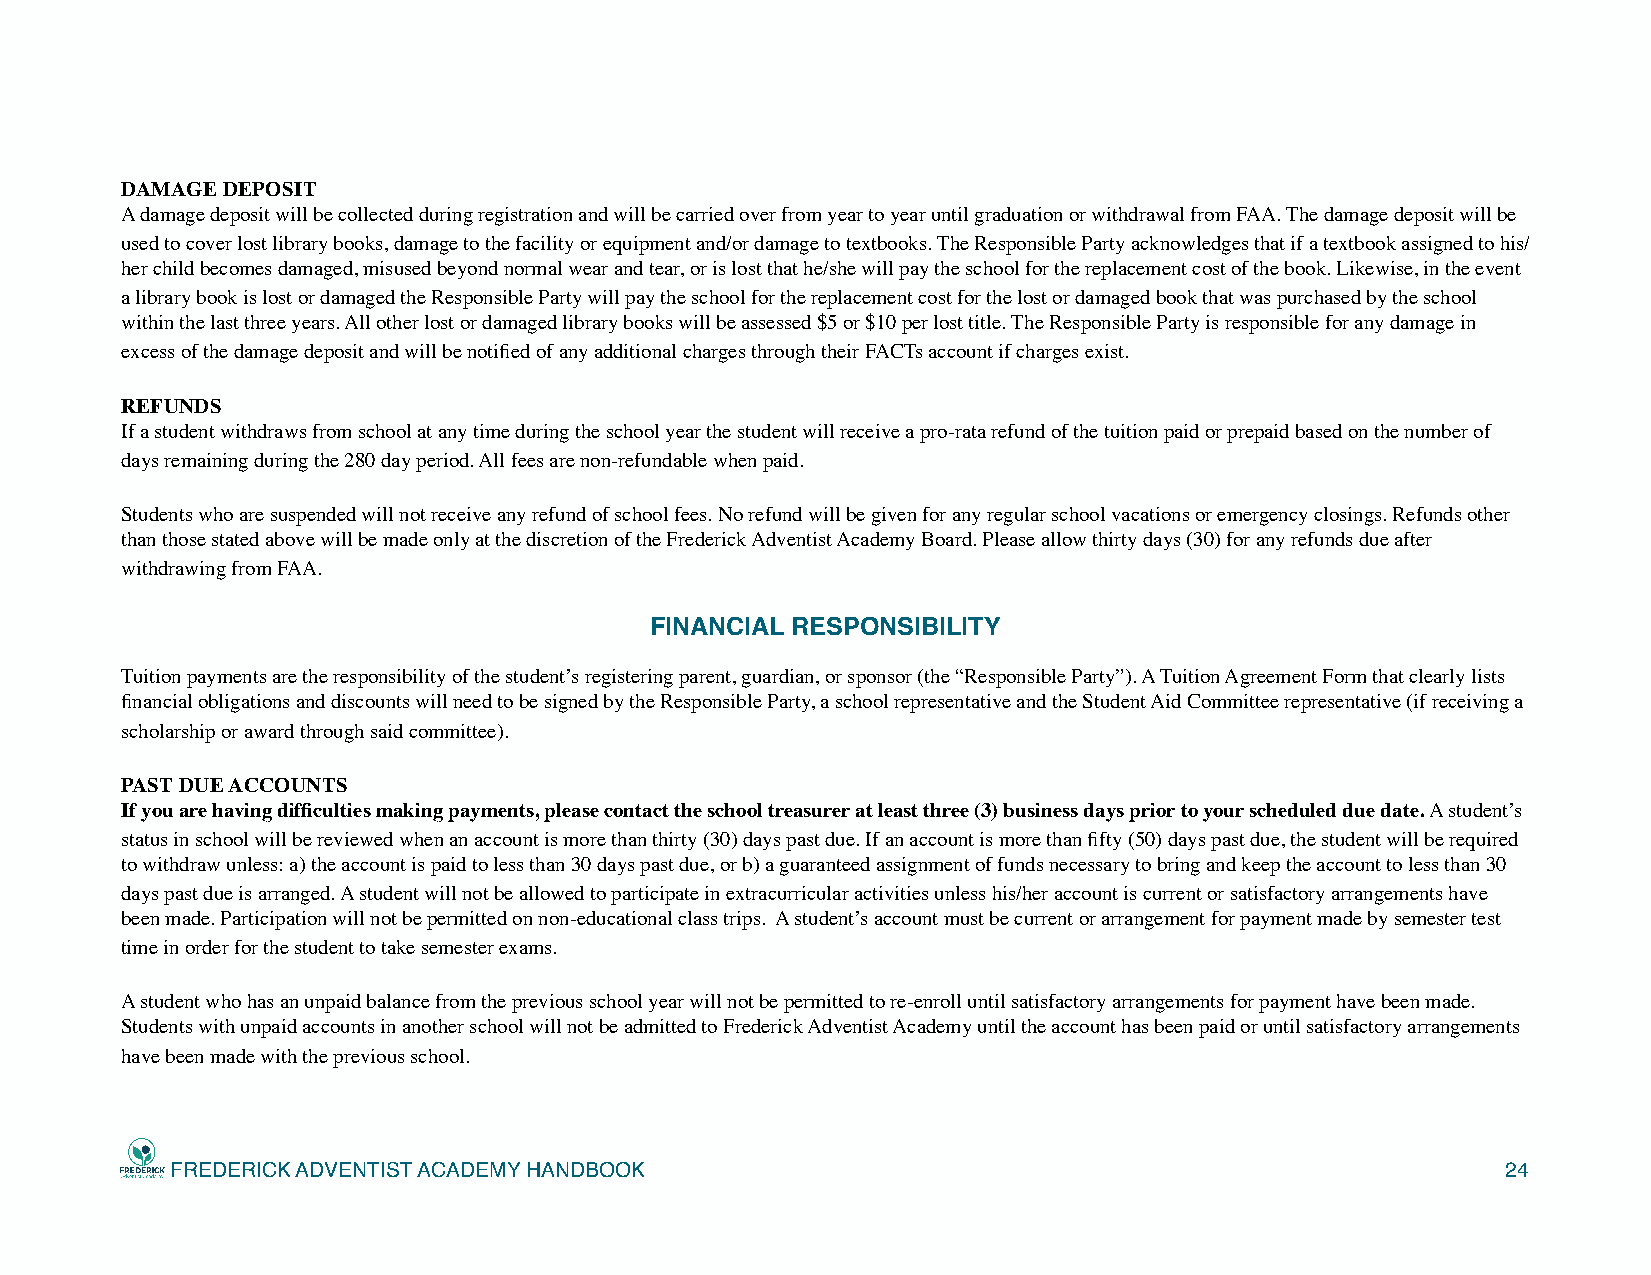
DAMAGE DEPOSIT
 A damage deposit will be collected during registration and will be carried over from year to year until graduation or withdrawal from FAA. The damage deposit will be
 used to cover lost library books, damage to the facility or equipment and/or damage to textbooks. The Responsible Party acknowledges that if a textbook assigned to his/
 her child becomes damaged, misused beyond normal wear and tear, or is lost that he/she will pay the school for the replacement cost of the book. Likewise, in the event
 a library book is lost or damaged the Responsible Party will pay the school for the replacement cost for the lost or damaged book that was purchased by the school
 within the last three years. All other lost or damaged library books will be assessed $5 or $10 per lost title. The Responsible Party is responsible for any damage in
 excess of the damage deposit and will be notified of any additional charges through their FACTs account if charges exist.
 REFUNDS
 If a student withdraws from school at any time during the school year the student will receive a pro-rata refund of the tuition paid or prepaid based on the number of
 days remaining during the 280 day period. All fees are non-refundable when paid.
 Students who are suspended will not receive any refund of school fees. No refund will be given for any regular school vacations or emergency closings. Refunds other
 than those stated above will be made only at the discretion of the Frederick Adventist Academy Board. Please allow thirty days (30) for any refunds due after
 withdrawing from FAA.
 FINANCIAL RESPONSIBILITY
 Tuition payments are the responsibility of the student’s registering parent, guardian, or sponsor (the “Responsible Party”). A Tuition Agreement Form that clearly lists
 financial obligations and discounts will need to be signed by the Responsible Party, a school representative and the Student Aid Committee representative (if receiving a
 scholarship or award through said committee).
 PAST DUE ACCOUNTS
 If you are having difficulties making payments, please contact the school treasurer at least three (3) business days prior to your scheduled due date. A student’s
 status in school will be reviewed when an account is more than thirty (30) days past due. If an account is more than fifty (50) days past due, the student will be required
 to withdraw unless: a) the account is paid to less than 30 days past due, or b) a guaranteed assignment of funds necessary to bring and keep the account to less than 30
 days past due is arranged. A student will not be allowed to participate in extracurricular activities unless his/her account is current or satisfactory arrangements have
 been made. Participation will not be permitted on non-educational class trips. A student’s account must be current or arrangement for payment made by semester test
 time in order for the student to take semester exams.
 A student who has an unpaid balance from the previous school year will not be permitted to re-enroll until satisfactory arrangements for payment have been made.
 Students with unpaid accounts in another school will not be admitted to Frederick Adventist Academy until the account has been paid or until satisfactory arrangements
 have been made with the previous school.
 FREDERICK ADVENTIST ACADEMY HANDBOOK                                                     24